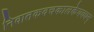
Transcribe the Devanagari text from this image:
निवातकवचकालकेयवधम्